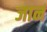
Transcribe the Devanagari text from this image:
जानं